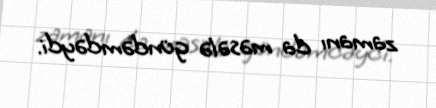
zamanı da məsələ gündəmdəydi.